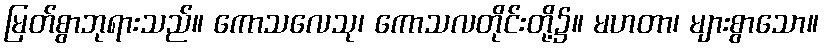
မြတ်စွာဘုရားသည်။ ကောသလေသု၊ ကောသလတိုင်းတို့၌။ မဟတာ၊ များစွာသော။